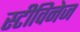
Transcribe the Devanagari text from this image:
स्टीविनेज